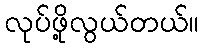
လုပ်ဖို့လွယ်တယ်။